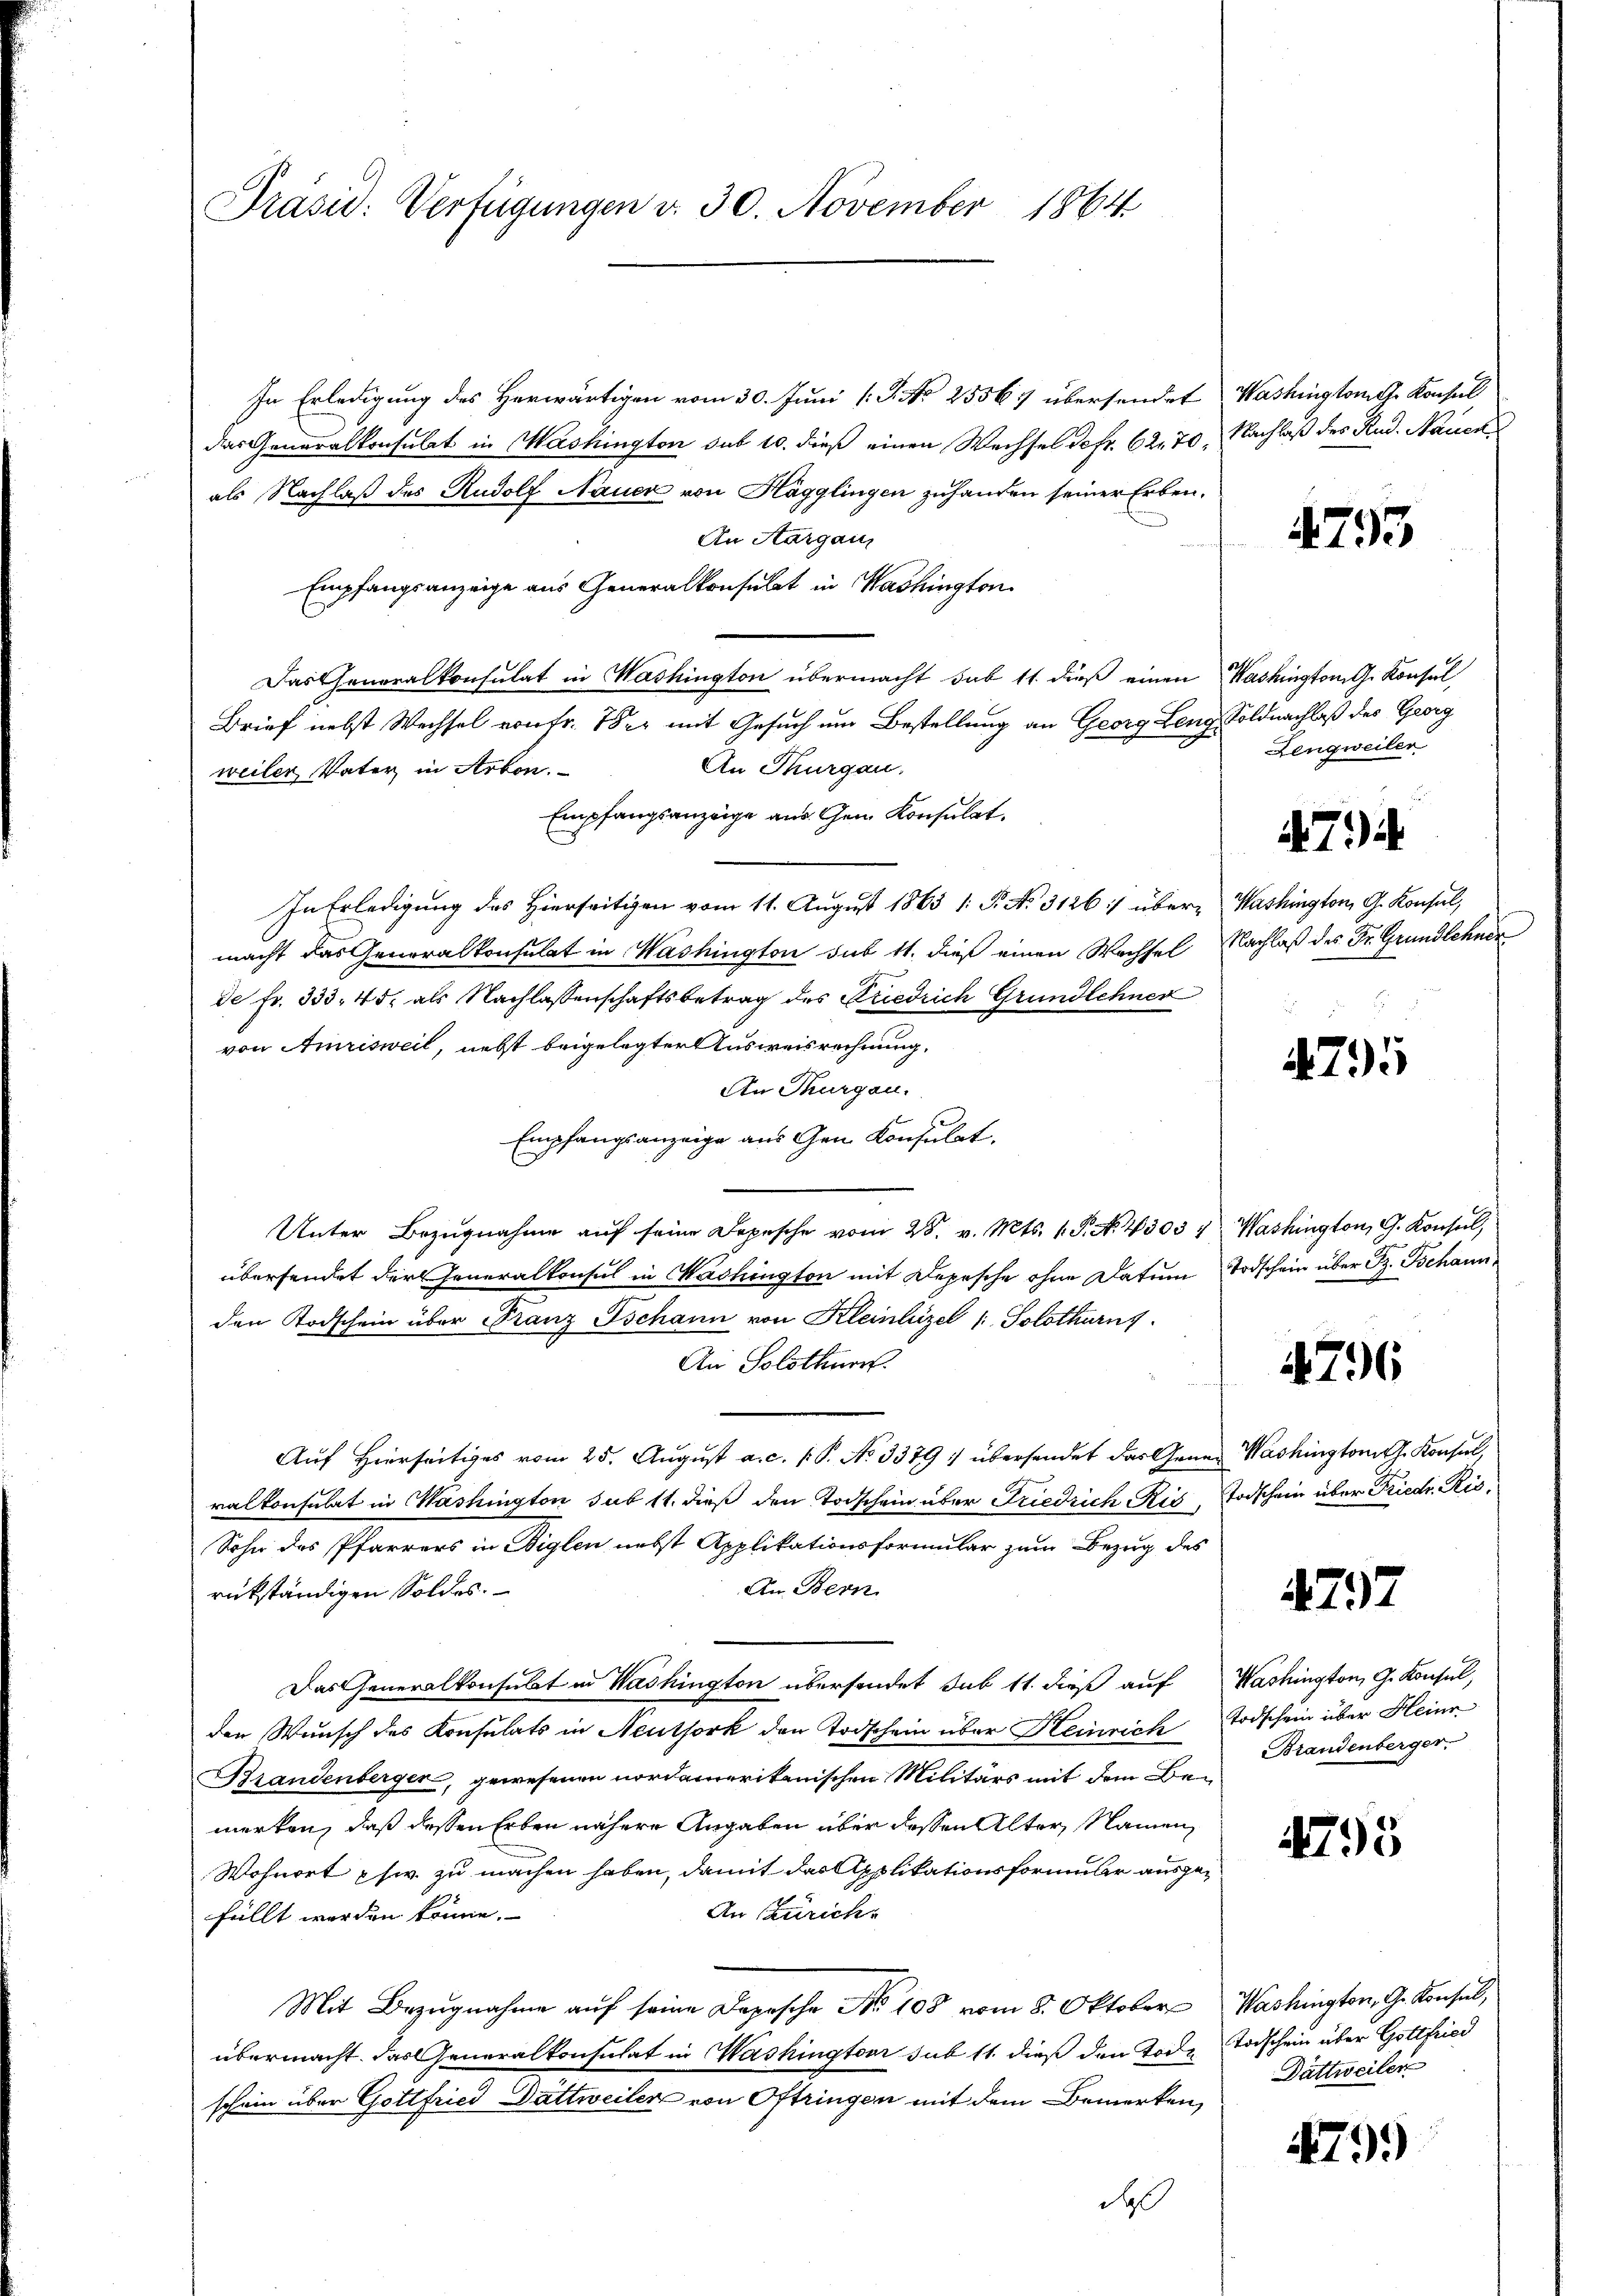
Präsid. Verfügungen d. 30. November 1864

In Erledigung des Herwärtigen vom 30. Juni [ P. No 25567 übersendet
das Generalkonsulat in Mashington sub 10. dieß einen Wechsel defr. 62. 70.
als Nachlaß des Rudolf Nauer von Hägglingen zuhanden seiner Erben.
An Aargau,
Empfangsanzeige aus Generalkonsulat in Washington
Das Generalkonsulat in Washington übermacht sub 11. dieß einen
Brief nebst Wechsel von Fr. 1822 mit Gesuch um Bestellung an Georg Leng
An Thurgau,
weiler Vater in Arben.
Empfangsanzeige aus Gen. Konsulat
In Erledigung des Hierseitigen vom 11. August 1863 1: P. No. 3126 :/ übermacht das Generalkonsulat in Washington sub 11. dieß einen Wachsel
de Fr. 333, 45, als Nachlassenschaftsbetrag des Friedrich Grundlehner
von Amrisweil, nebst beigelegter Ausweisrechnung,
An Thurgau.
Empfangsanzeige aus Gen Konsulat
Unter Bezugnahme aŭf seine Depesche vom 25. v. Mts. 1. P. N. 4303 4 Washington, G. Konsul,
übersendet der Generalkonsul in Washington mit Depesche ohne Datum Todschein über Sz. Tschann
den Todschein über Franz Tschann von Kleinhezel /: Solothurns
An Solothurn.
Auf hierseitiges vom 25. Aŭgŭst a. c. s. P. No 3379 :/ übersendet das Gener Washington J. Konsul,
ralkonsulat in Washington sub 11. dieß den Todschein über Friedrich Ris
Sohn des Pfarrers in Aiglen nebst Applikationsformular zum Bezug des
An Bern
rückständigen Soldes.
Das Generalkonsulat in Washington übersendet sub 11. dieß auf
den Wunsch des Konsulats in Neuthork den Todschein über Heinrich
Brandenberger, gewesenen nordamerikanischen Militärs mit dem Bemerken, daß dessen Erben nähere Angaben über dessen Alter, Namen
Wohnort phw. zu machen haben, damit das Applikationsformular ausge¬
An Zürich
füllt worden könne.
Mit Bezugnahme auf seine Depesche No 108 vom 8. Oktober
übermacht. Das Generalkonsulat in Washingtour sub 11. dieß den Tode
schein über Gottfried Dattweiler von Oftringen mit dem Bemerken,
das

Washington Konsul
Nachlaß der Rud. Mauer

4793

Washington G. Konsul
Soldnachlaß des Georg
Lengweiler

474

Washington G. Konsul,
Nachlaß des Dr. Grundlehner

475

4796

Todschein über Friedr. Ris,

4297

Washington, G. Konsul,
Todschein über Heinr
Brandenberger.

4795

Washington, Gr. Konsul,
Todschein über Gottfried
Dättweiler

479.